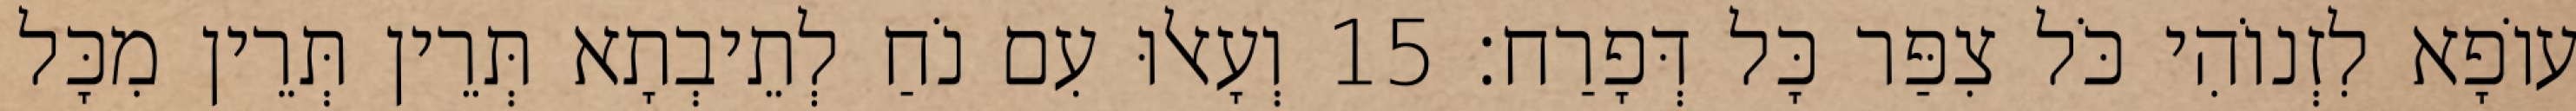
עוֹפָא לִזְנוֹהִי כֹּל צִפַּר כָּל דְּפָרַח׃ 15 וְעָאלוּ עִם נֹחַ לְתֵיבְתָא תְּרֵין תְּרֵין מִכָּל